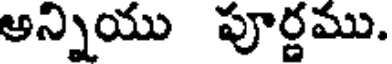
అన్నియు పూర్ణము.